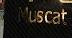
muscat